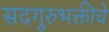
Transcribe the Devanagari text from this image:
सदगुरुभक्तीचे